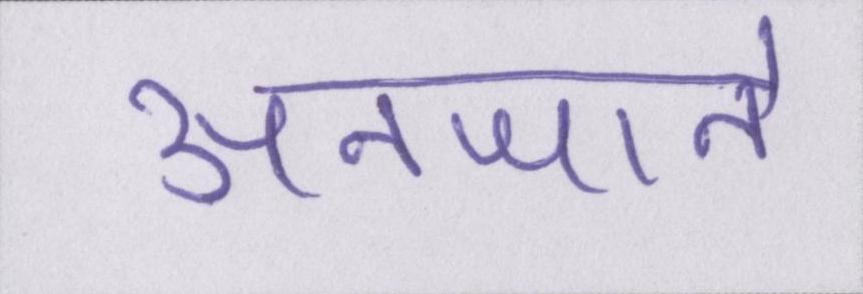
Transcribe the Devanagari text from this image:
अनजाने